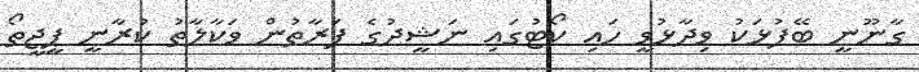
ގާނޫނީ ބޭފުޅަކު ވިދާޅުވީ ހައި ކޯޓުގައި ނަޝީދުގެ ފަރާތުން ވަކާލާތު ކުރާނީ ޕީޖީތޯ